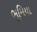
ભૂમિયા